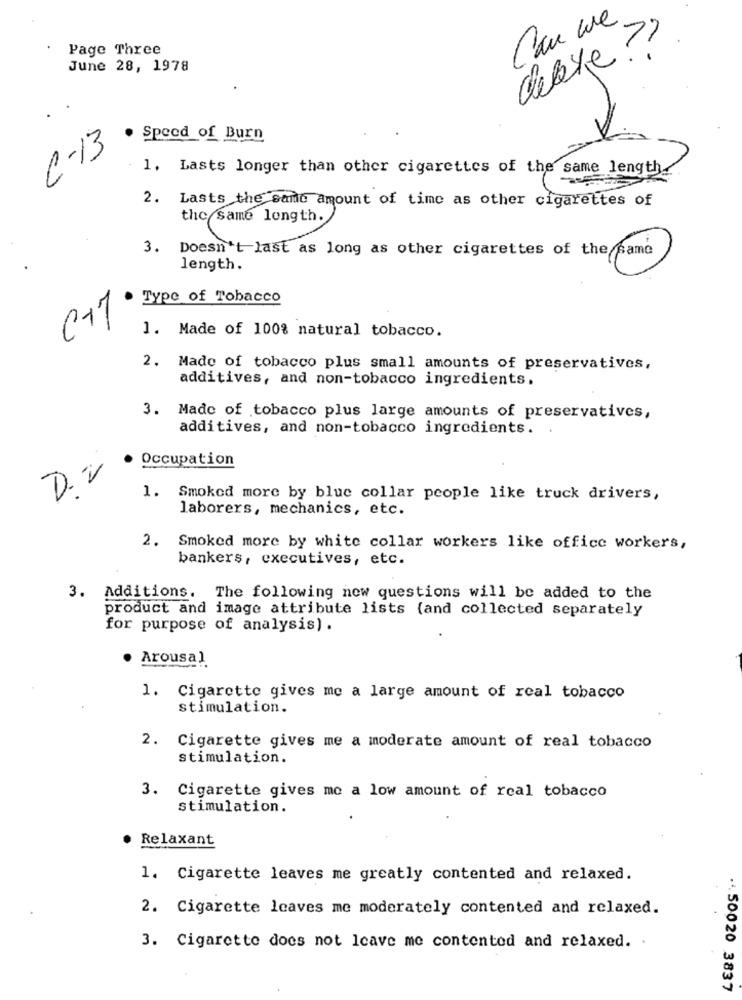
Can we
debye ??
Page Three
June 28, 1978
Speed of Burn
C-13
1. Lasts longer than other cigarettes of the same length_
2. Lasts the same amount of time as other cigarettes of
the same length.
3. Doesn't last as long as other cigarettes of the same
length.
Type of Tobacco
1. Made of 100% natural tobacco.
2. Made of tobacco plus small amounts of preservatives,
additives, and non-tobacco ingredients.
3. Made of tobacco plus large amounts of preservatives,
additives, and non-tobacco ingredients.
Occupation
D.V
1. Smoked more by blue collar people like truck drivers,
laborers, mechanics, etc.
2. Smoked more by white collar workers like office workers,
bankers, executives, etc.
3. Additions. The following now questions will be added to the
product and image attribute lists (and collected separately
for purpose of analysis) .
Arousal
1. Cigarette gives me a large amount of real tobacco
stimulation.
2. Cigarette gives me a moderate amount of real tobacco
stimulation.
3. Cigarette gives me a low amount of real tobacco
stimulation.
Relaxant
1. Cigarette leaves me greatly contented and relaxed.
2. Cigarette leaves me moderately contented and relaxed.
3. Cigarette does not leave me contented and relaxed. .
... 50020 3837